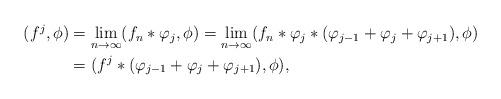
LaTeX: \begin{align*}\begin{aligned}(f^j,\phi)&=\lim_{n\to\infty}(f_n\ast\varphi_j,\phi)=\lim_{n\to\infty}(f_n\ast\varphi_j\ast(\varphi_{j-1}+\varphi_j+\varphi_{j+1}),\phi)\\&=(f^j\ast(\varphi_{j-1}+\varphi_j+\varphi_{j+1}),\phi),\end{aligned}\end{align*}